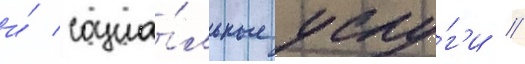
и́ социа́льные услу́г'и //